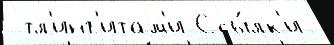
 тл'инг'итам'и Ссы́лк'и